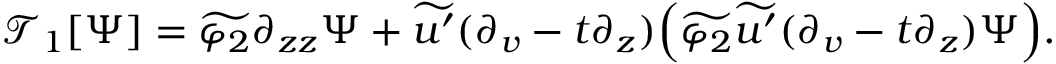
\begin{array} { r } { \mathcal { T } _ { 1 } [ \Psi ] = \widetilde { \varphi _ { 2 } } \partial _ { z z } \Psi + \widetilde { u ^ { \prime } } ( \partial _ { v } - t \partial _ { z } ) \Big ( \widetilde { \varphi _ { 2 } } \widetilde { u ^ { \prime } } ( \partial _ { v } - t \partial _ { z } ) \Psi \Big ) . } \end{array}